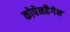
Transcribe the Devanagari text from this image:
कोपेनहैगेन